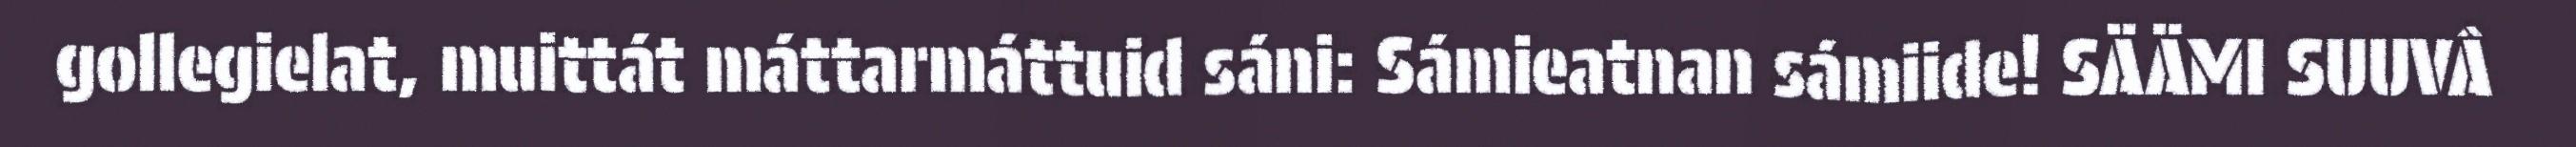
gollegielat, muittát máttarmáttuid sáni: Sámieatnan sámiide! SÄÄMI SUUVÂ